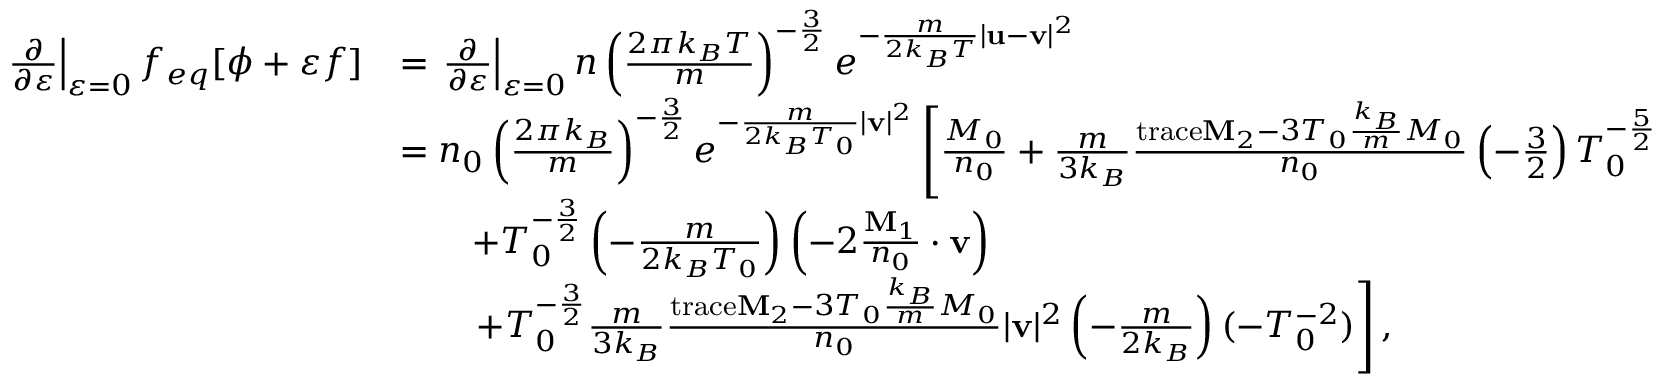
\begin{array} { r l } { \left. \frac { \partial } { \partial \varepsilon } \right| _ { \varepsilon = 0 } f _ { e q } [ \phi + \varepsilon f ] } & { = \left. \frac { \partial } { \partial \varepsilon } \right| _ { \varepsilon = 0 } n \left( \frac { 2 \pi k _ { B } T } { m } \right) ^ { - \frac { 3 } { 2 } } e ^ { - \frac { m } { 2 k _ { B } T } | \mathbf { u } - \mathbf { v } | ^ { 2 } } } \\ & { = n _ { 0 } \left( \frac { 2 \pi k _ { B } } { m } \right) ^ { - \frac { 3 } { 2 } } e ^ { - \frac { m } { 2 k _ { B } T _ { 0 } } | \mathbf { v } | ^ { 2 } } \left[ \frac { M _ { 0 } } { n _ { 0 } } + \frac { m } { 3 k _ { B } } \frac { \mathrm { t r a c e } \mathbf { M } _ { 2 } - 3 T _ { 0 } \frac { k _ { B } } { m } M _ { 0 } } { n _ { 0 } } \left( - \frac { 3 } { 2 } \right) T _ { 0 } ^ { - \frac { 5 } { 2 } } \right. } \\ & { \qquad + T _ { 0 } ^ { - \frac { 3 } { 2 } } \left( - \frac { m } { 2 k _ { B } T _ { 0 } } \right) \left( - 2 \frac { \mathbf { M } _ { 1 } } { n _ { 0 } } \cdot \mathbf { v } \right) } \\ & { \qquad \left. + T _ { 0 } ^ { - \frac { 3 } { 2 } } \frac { m } { 3 k _ { B } } \frac { \mathrm { t r a c e } \mathbf { M } _ { 2 } - 3 T _ { 0 } \frac { k _ { B } } { m } M _ { 0 } } { n _ { 0 } } | \mathbf { v } | ^ { 2 } \left( - \frac { m } { 2 k _ { B } } \right) ( - T _ { 0 } ^ { - 2 } ) \right] , } \end{array}